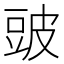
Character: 䜵